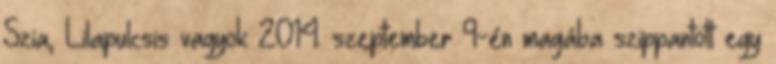
Szia, Lilapulcsis vagyok 2014. szeptember 9-én magába szippantott egy